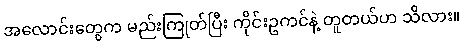
အလောင်းတွေက မည်းကြုတ်ပြီး ကိုင်းဥကင်နဲ့ တူတယ်ဟ သိလား။